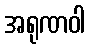
အရုဏဝါ